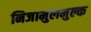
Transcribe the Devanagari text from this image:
निजामुलमुल्क